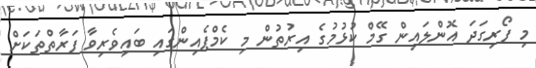
މި ފޯރިގަދަ އޮންލައިން ގޭމް ކުޅުމުގެ އިރުތުން މި ކެމްޕެއިންގައި ބައިވެރިވާ ފަރާތްތަކަށް